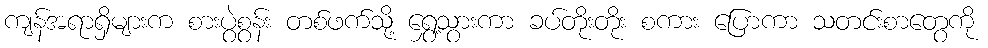
ကျန်အရာရှိများက စားပွဲစွန်း တစ်ဖက်သို့ ရွှေ့သွားကာ ခပ်တိုးတိုး စကား ပြောကာ သတင်းစာတွေကို